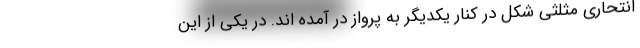
انتحاری مثلثی شکل در کنار یکدیگر به پرواز در آمده اند. در یکی از این